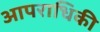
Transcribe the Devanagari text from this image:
आपराधिकी